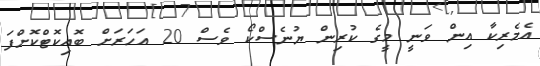
އެމެރިކާ އިން ވަނީ މީގެ ކުރިން ޔުނެސްކޯ ވެސް 20 އަހަރަށް ބޮއިކޮޓްކޮށްފަ